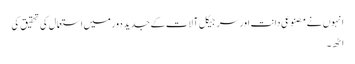
انہوں نے مصنوعی دانت اور سرجیکل آلات کے جدید دور میں استعمال کی تحقیق کی
اٹھ۔